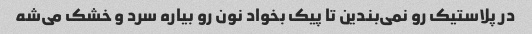
در پلاستیک رو نمی‌بندین تا پیک بخواد نون رو بیاره سرد و خشک می‌شه